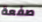
صفعة